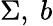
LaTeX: \Sigma,\ b